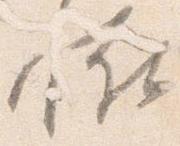
恠